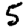
Digit: 5